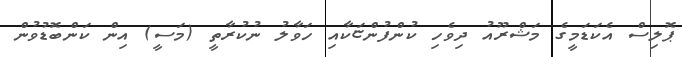
ޕޮލިސް އެކަޑަމީގެ މަޝްރޫއު ދިވެހި ކުންފުންޏަކާއި ހަވާލު ނުކުރާތީ (މަސީ) އިން ކަންބޮޑުވުން